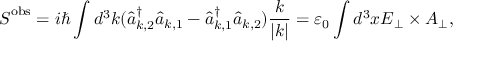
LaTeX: { \boldsymbol { S } } ^ { \mathrm { { o b s } } } = i \hbar \int d ^ { 3 } k ( { \hat { a } } _ { { \boldsymbol { k } } , 2 } ^ { \dagger } { \hat { a } } _ { { \boldsymbol { k } } , 1 } - { \hat { a } } _ { { \boldsymbol { k } } , 1 } ^ { \dagger } { \hat { a } } _ { { \boldsymbol { k } } , 2 } ) { \frac { \boldsymbol { k } } { | { \boldsymbol { k } } | } } = \varepsilon _ { 0 } \int d ^ { 3 } x { \boldsymbol { E } } _ { \perp } \times { \boldsymbol { A } } _ { \perp } ,